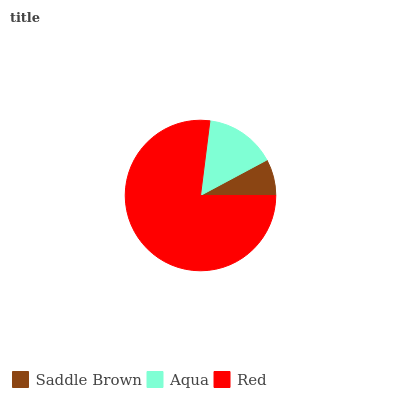
| Saddle Brown | Aqua | Red |
 | --- | --- | --- |
 | 7.81% | 15.2% | 77% |